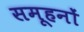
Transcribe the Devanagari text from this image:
समूहनों